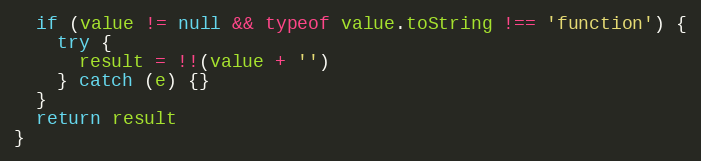
Language: JavaScript
  if (value != null && typeof value.toString !== 'function') {
    try {
      result = !!(value + '')
    } catch (e) {}
  }
  return result
}